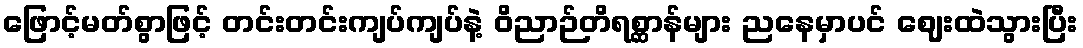
ဖြောင့်မတ်စွာဖြင့် တင်းတင်းကျပ်ကျပ်နဲ့ ဝိညာဉ်တိရစ္ဆာန်များ ညနေမှာပင် ဈေးထဲသွားပြီး